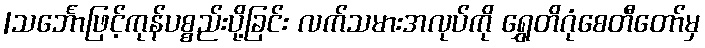
|သင်္ဘောဖြင့်ကုန်ပစ္စည်းပို့ခြင်း လက်သမားအလုပ်ကို ရွှေတိဂုံစေတီတော်မှ